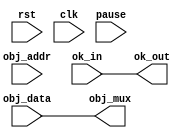
/*  This file is part of JTFRAME.
    JTFRAME program is free software: you can redistribute it and/or modify
    it under the terms of the GNU General Public License as published by
    the Free Software Foundation, either version 3 of the License, or
    (at your option) any later version.

    JTFRAME program is distributed in the hope that it will be useful,
    but WITHOUT ANY WARRANTY; without even the implied warranty of
    MERCHANTABILITY or FITNESS FOR A PARTICULAR PURPOSE.  See the
    GNU General Public License for more details.

    You should have received a copy of the GNU General Public License
    along with JTFRAME.  If not, see <http://www.gnu.org/licenses/>.

    Author: Jose Tejada Gomez. Twitter: @topapate
    Version: 1.0
    Date: 20-2-2019 */


module jtframe_avatar #(parameter AW=13)(
    input             rst,
    input             clk,
    input             pause,
    input    [AW-1:0] obj_addr,
    input      [15:0] obj_data,
    input             ok_in,
    output reg        ok_out,
    output reg [15:0] obj_mux
);

`ifdef JTFRAME_AVATARS
    // Alternative Objects during pause for MiSTer
    wire [15:0] avatar_data;
    jtframe_ram #(.dw(16), .aw(AW), .synfile("avatar.hex"),.cen_rd(1)) u_avatars(
        .clk    ( clk            ),
        .cen    ( pause          ),  // tiny power saving when not in pause
        .data   ( 16'd0          ),
        .addr   ( obj_addr       ),
        .we     ( 1'b0           ),
        .q      ( avatar_data    )
    );
    always @(posedge clk) begin
        obj_mux <= pause ? avatar_data : obj_data;
        ok_out  <= ok_in;
    end
`else
    // Let the real data go through
    always @(*) begin
        obj_mux = obj_data;
        ok_out  = ok_in;
    end
`endif

endmodule